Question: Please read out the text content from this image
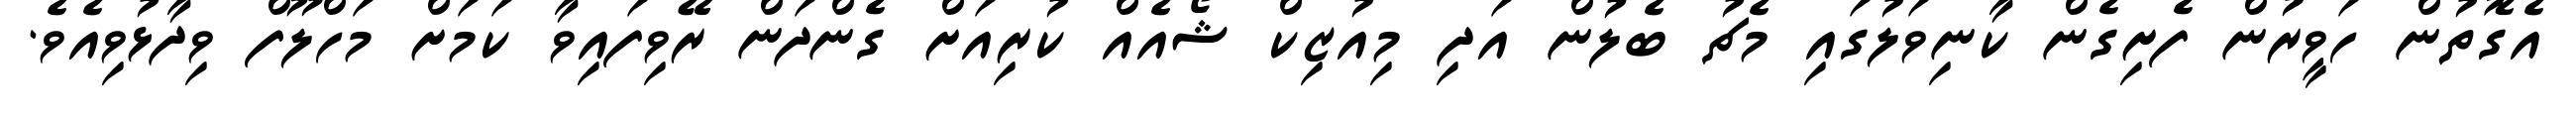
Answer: އެގޮތުން ހަވީރުން ފެށިގެން ކާނިވަލުގައި މެޗު ބެލުން އަދި މިއުޒިކް ޝޯއެއް ކުރިއަށް ގެންދަން ރޭވިފައިވާ ކަމަށް މަހްލޫފް ވިދާޅުވިއެވެ.